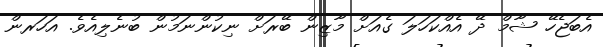
އެބަޖެހޭ ޝާމް ދޭ އެއްކަހަލަ ގެއަށް މާޒިން ބޭރަށް ނިކުންނަމުން ބުނެލިއެވެ. އަހަރން